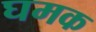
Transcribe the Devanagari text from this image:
घमक